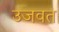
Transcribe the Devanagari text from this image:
उजवत